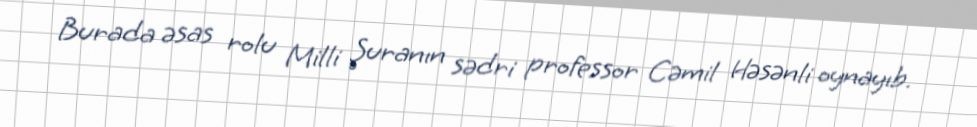
Burada əsas rolu Milli Şuranın sədri professor Cəmil Həsənli oynayıb.